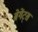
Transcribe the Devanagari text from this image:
ब्रेगेंट्स